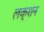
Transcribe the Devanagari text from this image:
लक्शन